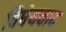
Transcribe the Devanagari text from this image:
विधेयवाद